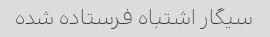
سیگار اشتباه فرستاده شده